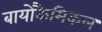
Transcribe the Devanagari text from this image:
बायोकैमिकल